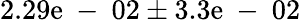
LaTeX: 2.29\mathrm{e}\mathrm{{~-~}}02\pm3.3\mathrm{e}\mathrm{{~-~}}02